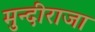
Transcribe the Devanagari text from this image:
मुन्दीराजा